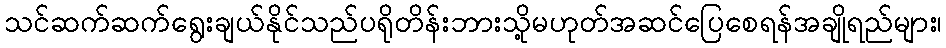
သင်ဆက်ဆက်ရွေးချယ်နိုင်သည်ပရိုတိန်းဘားသို့မဟုတ်အဆင်ပြေစေရန်အချိုရည်များ၊